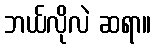
ဘယ်လိုလဲ ဆရာ။